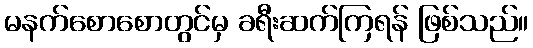
မနက်စောစောတွင်မှ ခရီးဆက်ကြရန် ဖြစ်သည်။